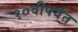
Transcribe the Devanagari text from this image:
१०वीपर्यंत